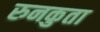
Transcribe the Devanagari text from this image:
रुनकुता